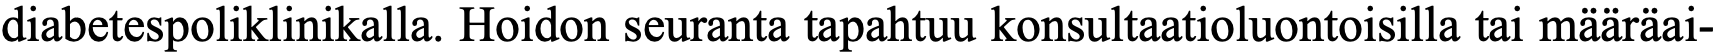
diabetespoliklinikalla. Hoidon seuranta tapahtuu konsultaatioluontoisilla tai määräai-